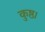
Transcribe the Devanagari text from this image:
कुष्ठ।